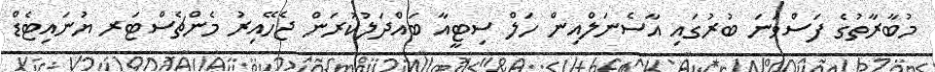
މުބާރާތުގެ ފަސްވަނަ ބުރުގައި އާސެނަލްއިން ހަލް ސިޓީއާ ބައްދަލުކުރަން ޖެހޭއިރު މެންޗެސްޓަރ ޔުނައިޓެޑް